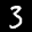
Label: 3